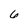
Character: 6